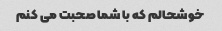
خوشحالم که با شما صحبت می کنم